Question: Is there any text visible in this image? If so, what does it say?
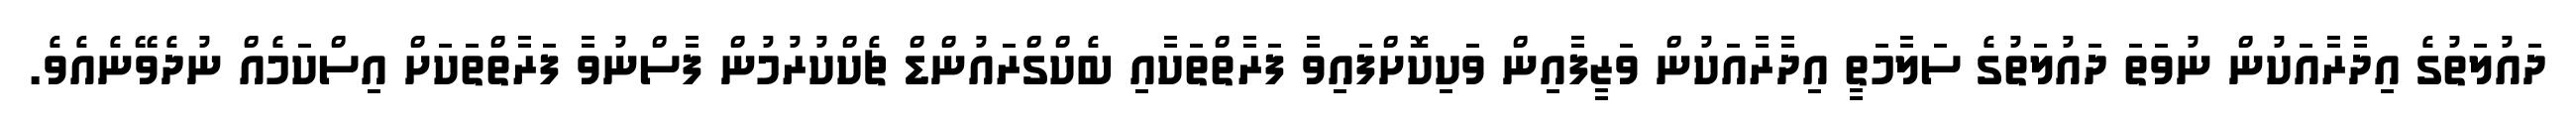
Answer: ދައުލަތުގެ އިދާރާއަކުން ނުވަތަ ދައުލަތުގެ ސަލާމަތީ އިދާރާއަކުން ވަޒީފާއިން ވަކިކޮށްފައިވާ ފަރާތްތަކާއި ބެކްގްރައުންޑް ޗެކްކުރުމުން ފާސްނުވާ ފަރާތްތަކަށް އިސްކަމެއް ނުދެވޭނެއެވެ.